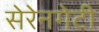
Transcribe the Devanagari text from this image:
सेरेनगेटी